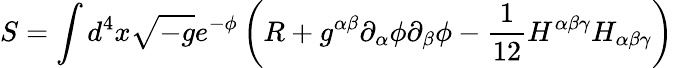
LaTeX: S=\int d^{4}x\sqrt{-g}e^{-\phi}\left(R+g^{\alpha\beta}\partial_{\alpha}\phi\partial_{\beta}\phi-\frac 1{12}H^{\alpha\beta\gamma}H_{\alpha\beta\gamma}\right)